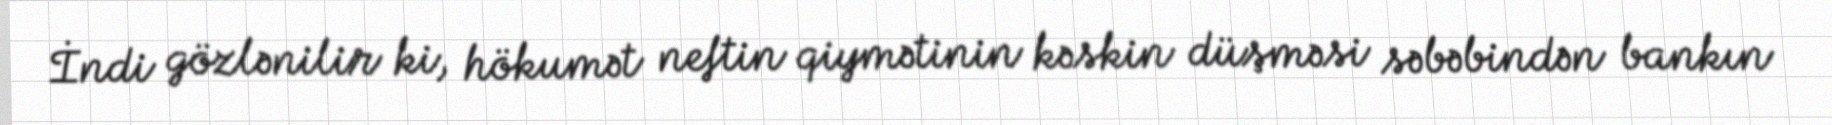
İndi gözlənilir ki, hökumət neftin qiymətinin kəskin düşməsi səbəbindən bankın